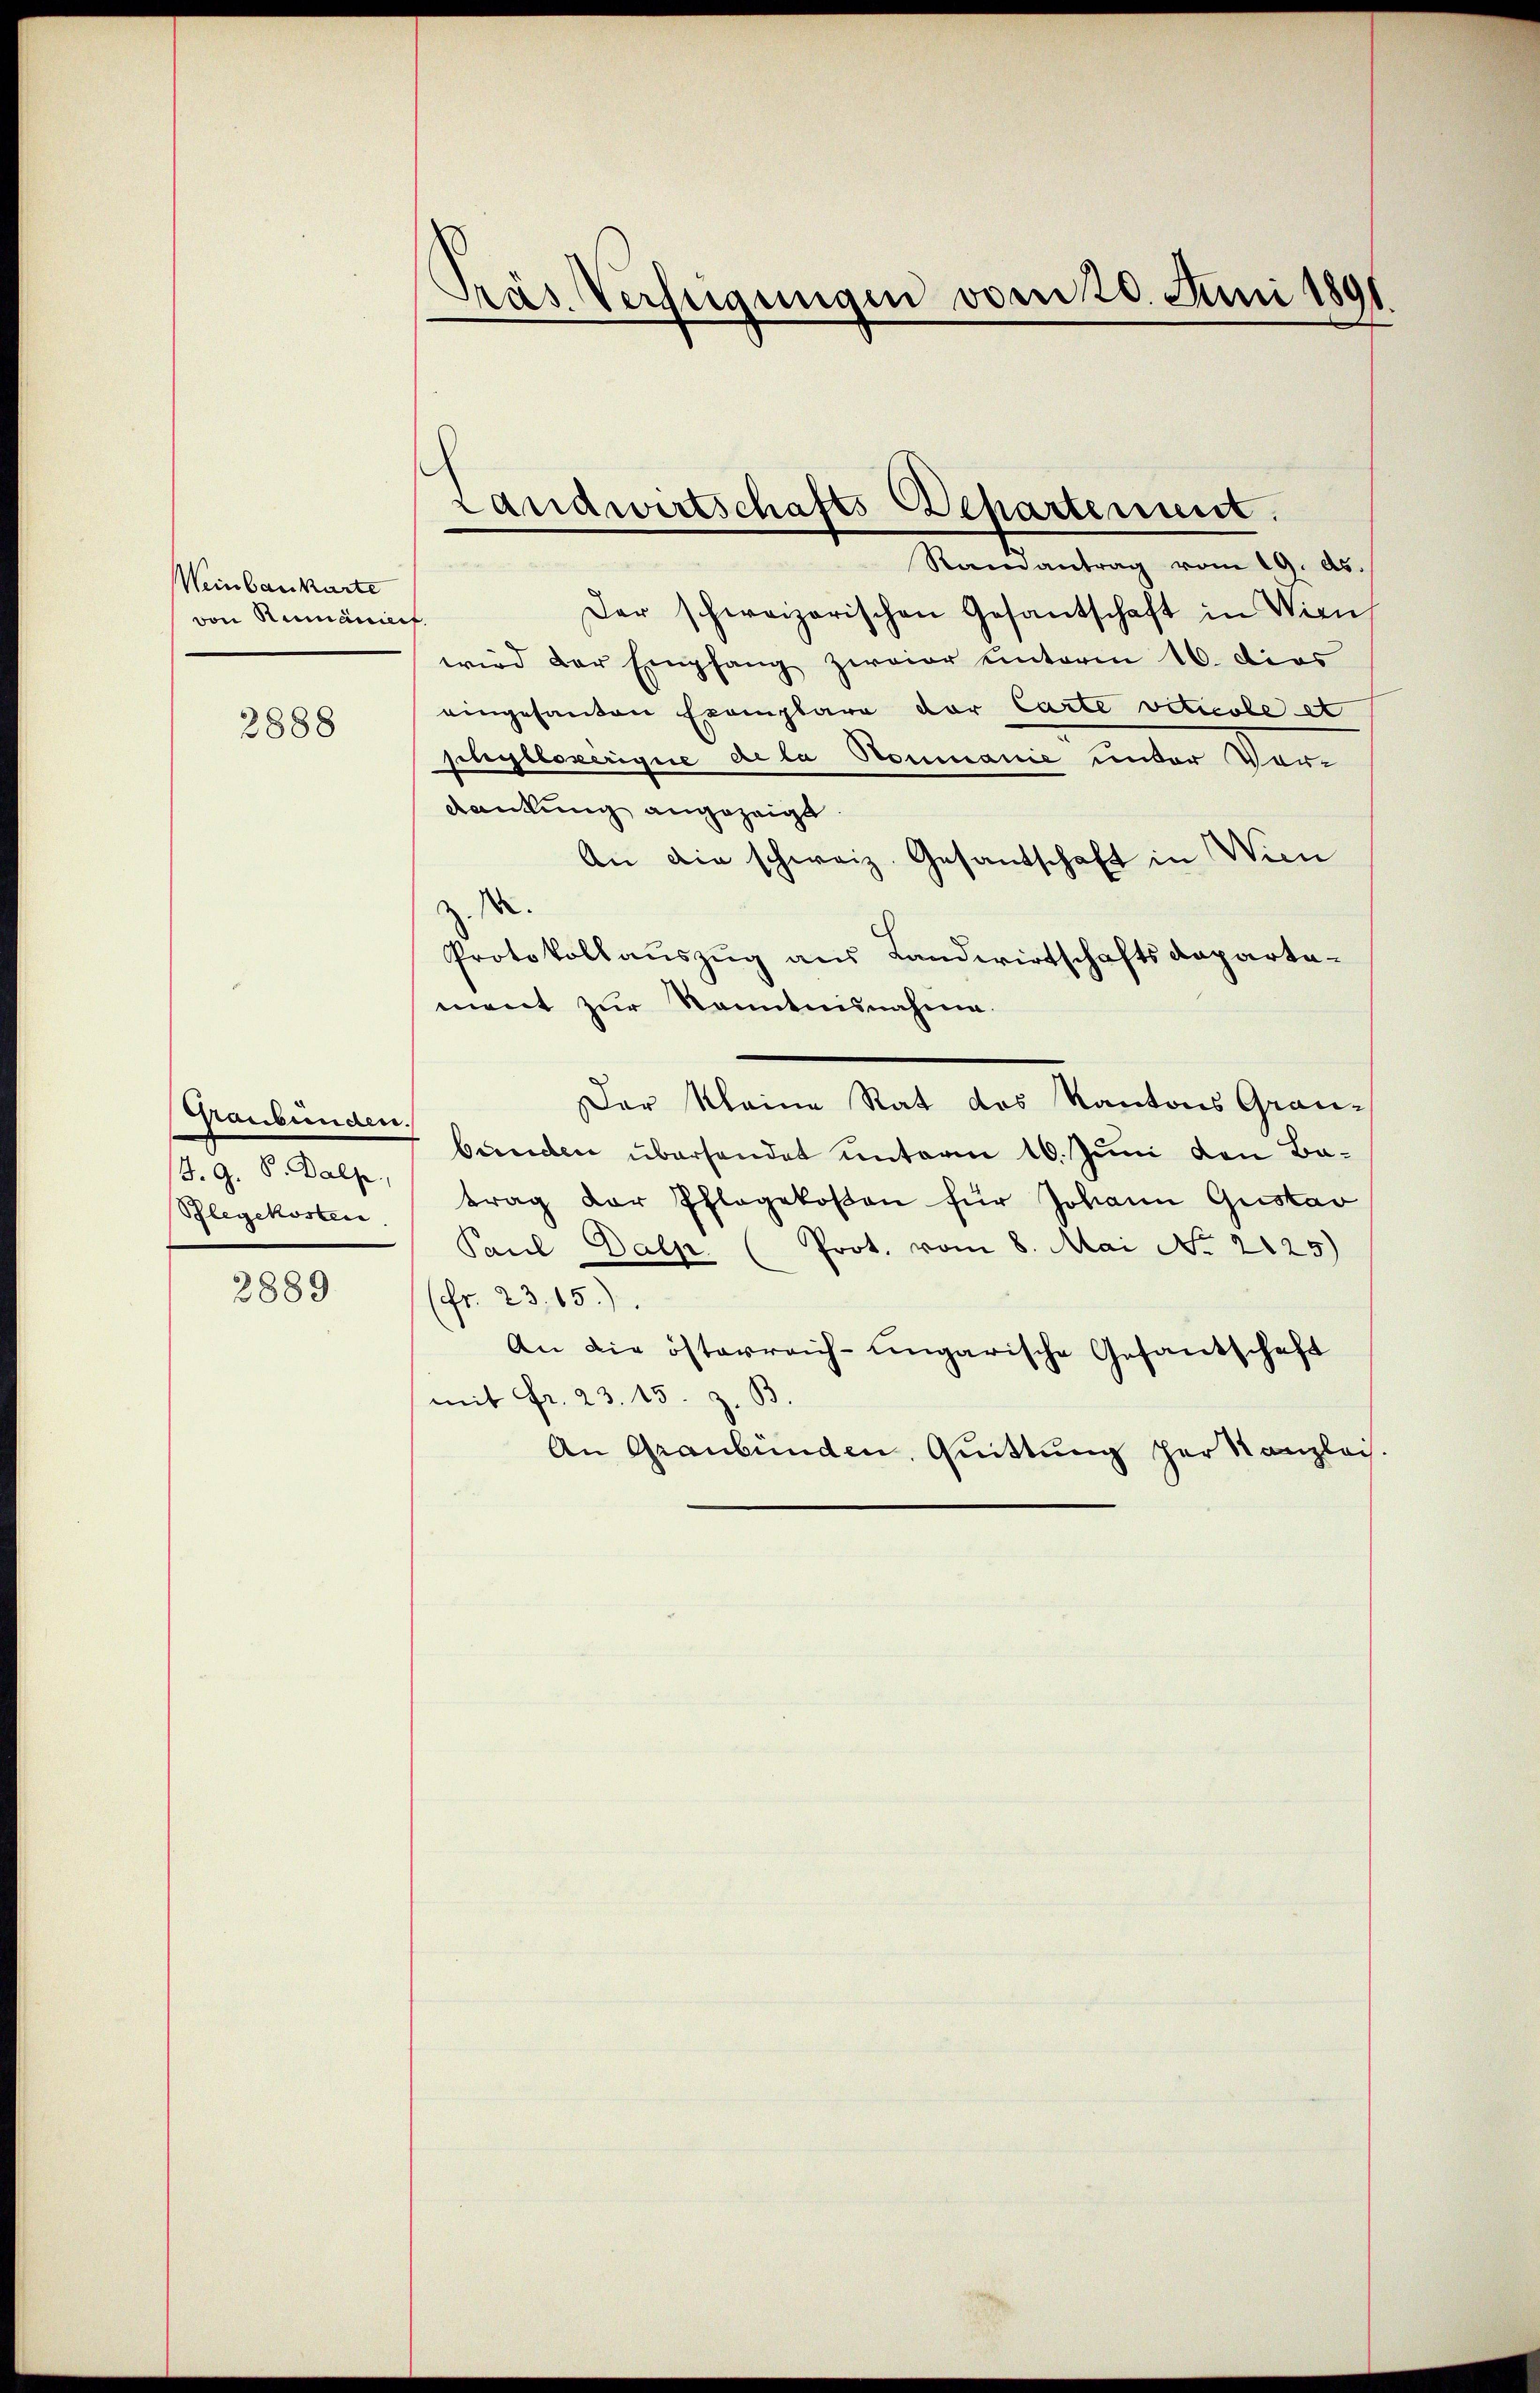
Weinbaukarte
von Rumäniert

2888

Raubenden.
4. G. S. Balfe
Pflegekosten.

2889

Pras Verfügungen vom 20. Juni 1891

Der schweizerischen Gesantschaft in Wien
wird der Empfang zweier unterm 16. dies
eingesanten Exemplare der Carte viticole et
phylleverique de la Romanić unter Vordankung angezeigt.
An die schweiz. Gesandschaft in Wien
.
Protokollauszug aus Landwirtschaftsdepartement zur Kenntnisnahme.
Der Kleine Rat des Kantons Graubunden überhandet unterm 10. Juni den Batrag der Pflegekosen für Johann Gustav
Paul Dalp. (Prot. vom 8. Mai No 2125)
(fr. 23, 65).
An die österreich-ungarische Gesandschaft
mit Fr. 23. 15. z. B.
An Graubünden, Quittung her Kanzlei

Landwirtschafts-Departement.
Ramantrag vom 19. ds.